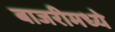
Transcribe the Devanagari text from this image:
बाजरीमध्ये